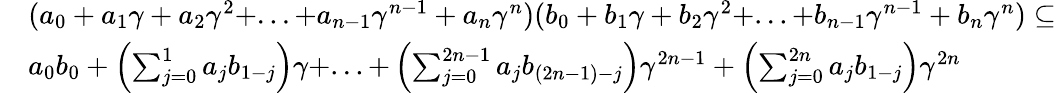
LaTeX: \begin{array}{rl}&{(a_{0}+a_{1}\gamma+a_{2}\gamma^{2}+...+a_{n-1}\gamma^{n-1}+a_{n}\gamma^{n})(b_{0}+b_{1}\gamma+b_{2}\gamma^{2}+...+b_{n-1}\gamma^{n-1}+b_{n}\gamma^{n})\subseteq}\\ &{a_{0}b_{0}+\left(\sum_{j=0}^{1}a_{j}b_{1-j}\right)\gamma+...+\left(\sum_{j=0}^{2n-1}a_{j}b_{(2n-1)-j}\right)\gamma^{2n-1}+\left(\sum_{j=0}^{2n}a_{j}b_{1-j}\right)\gamma^{2n}}\end{array}